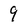
Character: 9